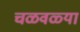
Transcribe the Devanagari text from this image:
चळवळ्या